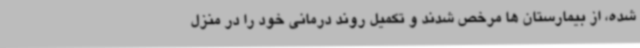
شده، از بیمارستان ها مرخص شدند و تکمیل روند درمانی خود را در منزل